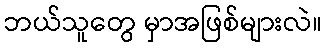
ဘယ်သူတွေ မှာအဖြစ်များလဲ။